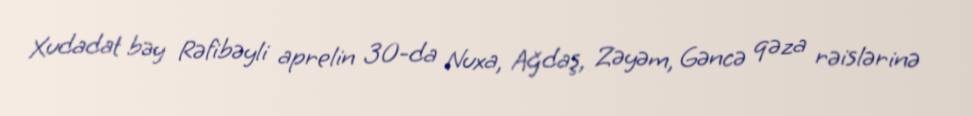
Xudadat bəy Rəfibəyli aprelin 30-da Nuxa, Ağdaş, Zəyəm, Gəncə qəza rəislərinə